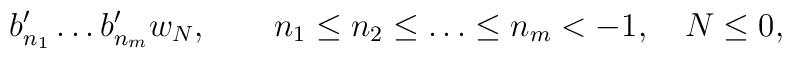
b'_{n_1} \ldots b'_{n_m} w_N, \quad \quad n_1\leq n_2\leq \ldots\leq n_m < -1, \quad N \leq 0,